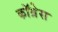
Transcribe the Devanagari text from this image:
काॅग्रेेस